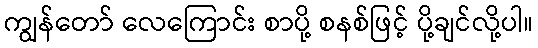
ကျွန်တော် လေကြောင်း စာပို့ စနစ်ဖြင့် ပို့ချင်လို့ပါ။